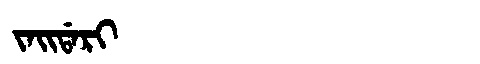
Manchu: ᠵᠠᡳᡩᠠᡵᡳ
Romanization: JAIDARI